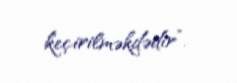
keçirilməkdədir”.